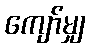
ကျော်မျှ